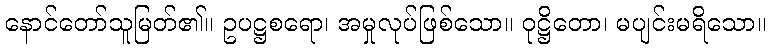
နောင်တော်သူမြတ်၏။ ဥပဋ္ဌစရော၊ အမှုလုပ်ဖြစ်သော။ ဝုဋ္ဌိတော၊ မပျင်းမရိသော။